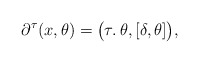
\begin{align*} \partial^\tau(x,\theta) = \big(\tau\ldotp \theta, [\delta,\theta] \big),\end{align*}